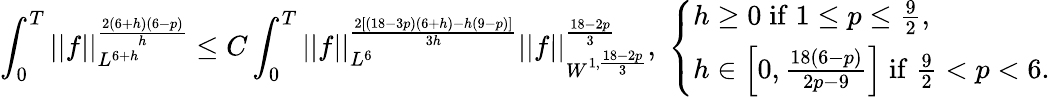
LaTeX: \int_{0}^{T}||f||_{L^{6+h}}^{\frac{2(6+h)(6-p)}{h}}\leq C\int_{0}^{T}||f||_{L^{6}}^{\frac{2[(18-3p)(6+h)-h(9-p)]}{3h}}||f||_{W^{1,\frac{18-2p}{3}}}^{\frac{18-2p}{3}},\; \left\{ \begin{array}{ll}{h\geq 0\; \mathrm{if}\; 1\leq p\leq\frac{9}{2},}\\ {h\in\left[0,\frac{18(6-p)}{2p-9}\right]\; \mathrm{if}\; \frac{9}{2}<p<6.}\end{array}\right.